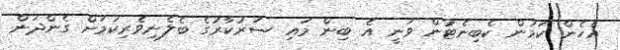
އެހެން ކަމުން ކެބިނެޓުން ވަނީ އެ ބިން މައި ސަރުކާރުގެ ބެލެނިވެރިކަމަށް ގެންދަން